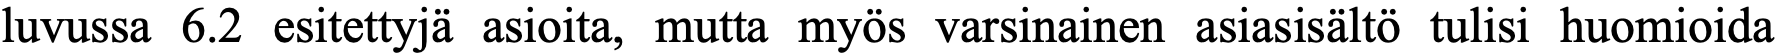
luvussa 6.2 esitettyjä asioita, mutta myös varsinainen asiasisältö tulisi huomioida